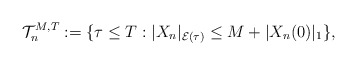
\begin{align*}\mathcal{T}_n^{M,T} := \{ \tau \leq T: |X_n|_{\mathcal{E}(\tau)} \leq M + |X_n(0)|_1 \},\end{align*}